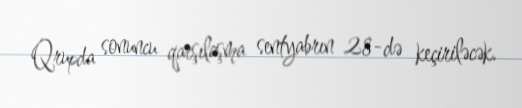
Qrupda sonuncu qarşılaşma sentyabrın 28-də keçiriləcək.